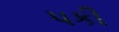
પકી